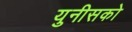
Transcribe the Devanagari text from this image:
युनीसको